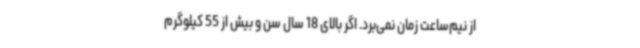
از نیم‌ساعت زمان نمی‌برد. اگر بالای 18 سال سن و بیش از 55 کیلوگرم